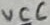
Text: VCC